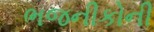
ભજનીકોની